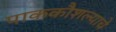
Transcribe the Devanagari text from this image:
पाककौशल्याचे